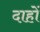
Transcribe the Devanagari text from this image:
दाहों